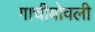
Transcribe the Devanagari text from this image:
गाचीबोवली